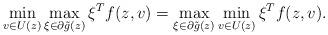
LaTeX: \begin{align*} \min_{v\in U(z)} \max_{\xi\in\partial\tilde{g}(z)} \xi^Tf(z, v) = \max_{\xi\in\partial\tilde{g}(z)} \min_{v\in U(z)} \xi^Tf(z, v). \end{align*}